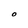
Character: O